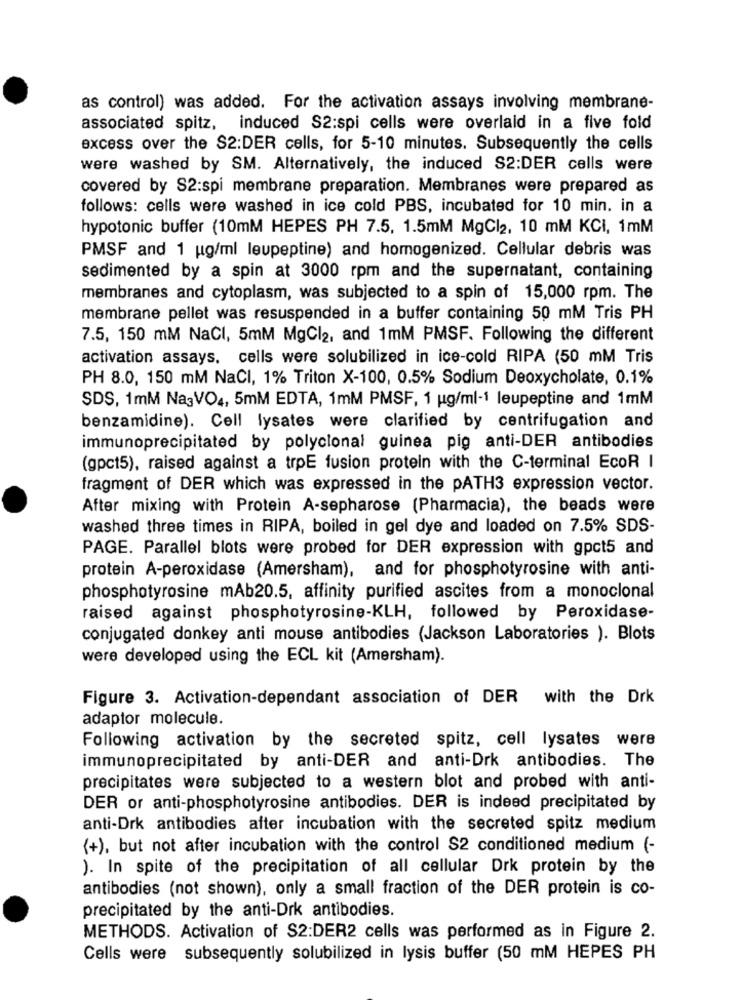
as control) was added. For the activation assays involving membrane-
associated spitz, induced S2:spi cells were overlaid in a five fold
excess over the S2:DER cells, for 5-10 minutes. Subsequently the cells
were washed by SM. Alternatively, the induced S2:DER cells were
covered by S2:spi membrane preparation. Membranes were prepared as
follows: cells were washed in ice cold PBS, incubated for 10 min. in a
hypotonic buffer (10mM HEPES PH 7.5, 1.5mM MgCl2, 10 mM KCI, 1mM
PMSF and 1 ug/ml leupeptine) and homogenized. Cellular debris was
sedimented by a spin at 3000 rpm and the supernatant, containing
membranes and cytoplasm, was subjected to a spin of 15,000 rpm. The
membrane pellet was resuspended in a buffer containing 50 mM Tris PH
7.5, 150 mM NaCI, 5mM MgCl2, and 1mM PMSF. Following the different
activation assays, cells were solubilized in ice-cold RIPA (50 mM Tris
PH 8.0, 150 mM NaCI, 1% Triton X-100, 0.5% Sodium Deoxycholate, 0.1%
SDS, 1mM NagVO4, 5mM EDTA, 1mM PMSF, 1 ug/ml-1 leupeptine and 1mM
benzamidine). Cell lysates were clarified by centrifugation and
immunoprecipitated by polyclonal guinea pig anti-DER antibodies
(gpct5), raised against a trpE fusion protein with the C-terminal EcoR I
fragment of DER which was expressed in the PATH3 expression vector.
After mixing with Protein A-sepharose (Pharmacia), the beads were
washed three times in RIPA, boiled in gel dye and loaded on 7.5% SDS-
PAGE. Parallel blots were probed for DER expression with gpct5 and
protein A-peroxidase (Amersham), and for phosphotyrosine with anti-
phosphotyrosine mAb20.5, affinity purified ascites from a monoclonal
raised against phosphotyrosine-KLH, followed by Peroxidase-
conjugated donkey anti mouse antibodies (Jackson Laboratories ). Blots
were developed using the ECL kit (Amersham).
Figure 3. Activation-dependant association of DER with the Drk
adaptor molecule.
Following activation by the secreted spitz, cell lysates were
immunoprecipitated by anti-DER and anti-Drk antibodies. The
precipitates were subjected to a western blot and probed with anti-
DER or anti-phosphotyrosine antibodies. DER is indeed precipitated by
anti-Drk antibodies after incubation with the secreted spitz medium
(+), but not after incubation with the control S2 conditioned medium (-
). In spite of the precipitation of all cellular Drk protein by the
antibodies (not shown), only a small fraction of the DER protein is co-
precipitated by the anti-Drk antibodies.
METHODS. Activation of S2:DER2 cells was performed as in Figure 2.
Cells were subsequently solubilized in lysis buffer (50 mM HEPES PH